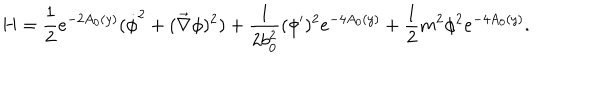
LaTeX: H = \frac { 1 } { 2 } e ^ { - 2 A _ { 0 } ( y ) } ( \dot { \phi } ^ { 2 } + ( \vec { \nabla } \phi ) ^ { 2 } ) + \frac { 1 } { 2 b _ { 0 } ^ { 2 } } ( \phi ^ { \prime } ) ^ { 2 } e ^ { - 4 A _ { 0 } ( y ) } + \frac { 1 } { 2 } m ^ { 2 } \phi ^ { 2 } e ^ { - 4 A _ { 0 } ( y ) } .